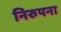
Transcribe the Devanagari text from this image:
निरुपना